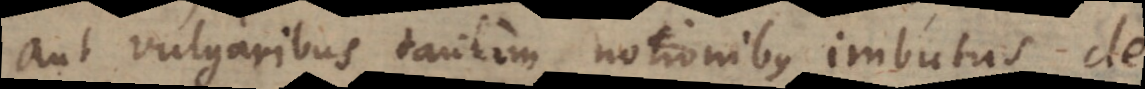
aut vulgaribus tantum notionibus imbutus de